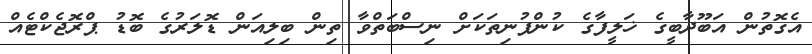
އެގޮތުން އަބޫދާބީގެ ޚަލީފާގެ ކުންފުނިތަކަށް ނިސްބަތްވާ ތިން ބިލިއަން ޑޮލަރުގެ ބޮޑު ޕްރޮޖެކްޓެއް